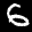
Label: 6